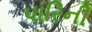
પારિની